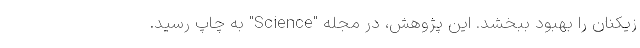
زیکنان را بهبود ببخشد. این پژوهش، در مجله "Science" به چاپ رسید.